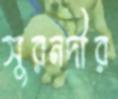
সুরনদীর